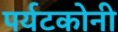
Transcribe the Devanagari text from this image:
पर्यटकोनी